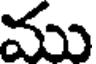
ము